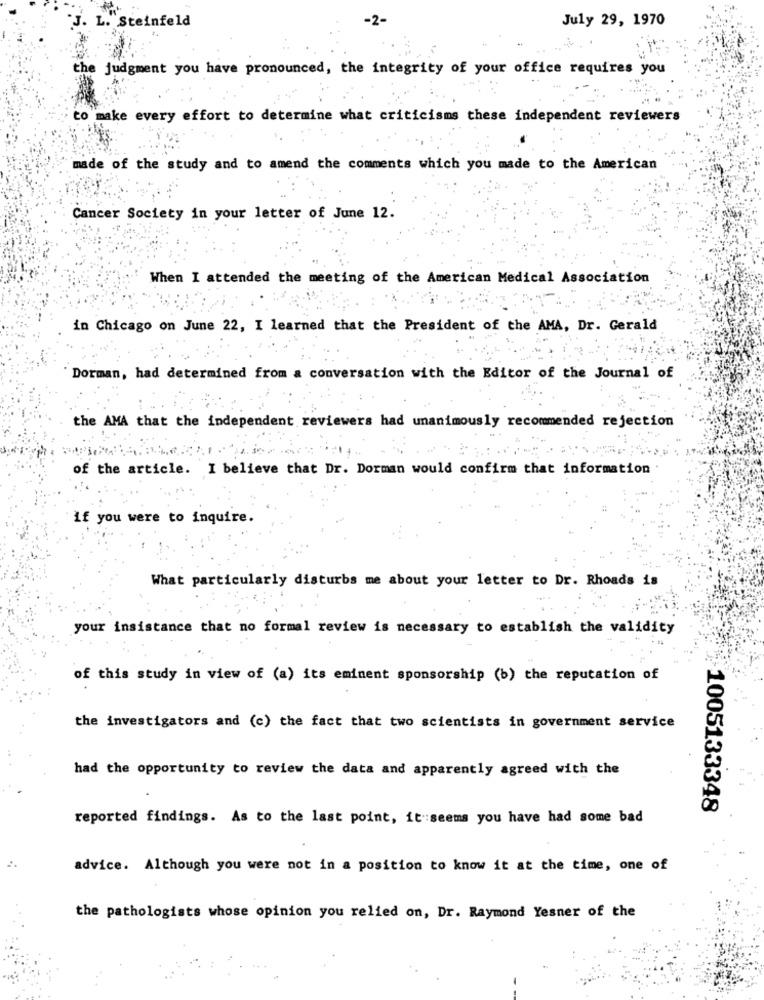
-2-
July 29, 1970
J. L. Steinfeld
the judgment you have pronounced, the integrity of your office requires you
to make every effort to determine what criticisms these independent reviewers
made of the study and to amend the comments which you made to the American
Cancer Society in your letter of June 12.
When I attended the meeting of the American Medical Association
in Chicago on June 22, I learned that the President of the AMA, Dr. Gerald
Dorman, had determined from a conversation with the Editor of the Journal of
the AMA that the independent reviewers had unanimously recommended rejection
of the article. I believe that Dr. Dorman would confirm that information
if you were to inquire.
What particularly disturbs me about your letter to Dr. Rhoads is
your insistance that no formal review is necessary to establish the validity
of this study in view of (a) its eminent sponsorship (b) the reputation of
the investigators and (c) the fact that two scientists in government service
had the opportunity to review the data and apparently agreed with the
1005133348
reported findings. As to the last point, it seems you have had some bad
advice. Although you were not in a position to know it at the time, one of
the pathologists whose opinion you relied on, Dr. Raymond Yesner of the